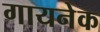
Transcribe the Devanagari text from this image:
गायनेक